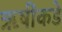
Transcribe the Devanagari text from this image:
ऋषींकडे